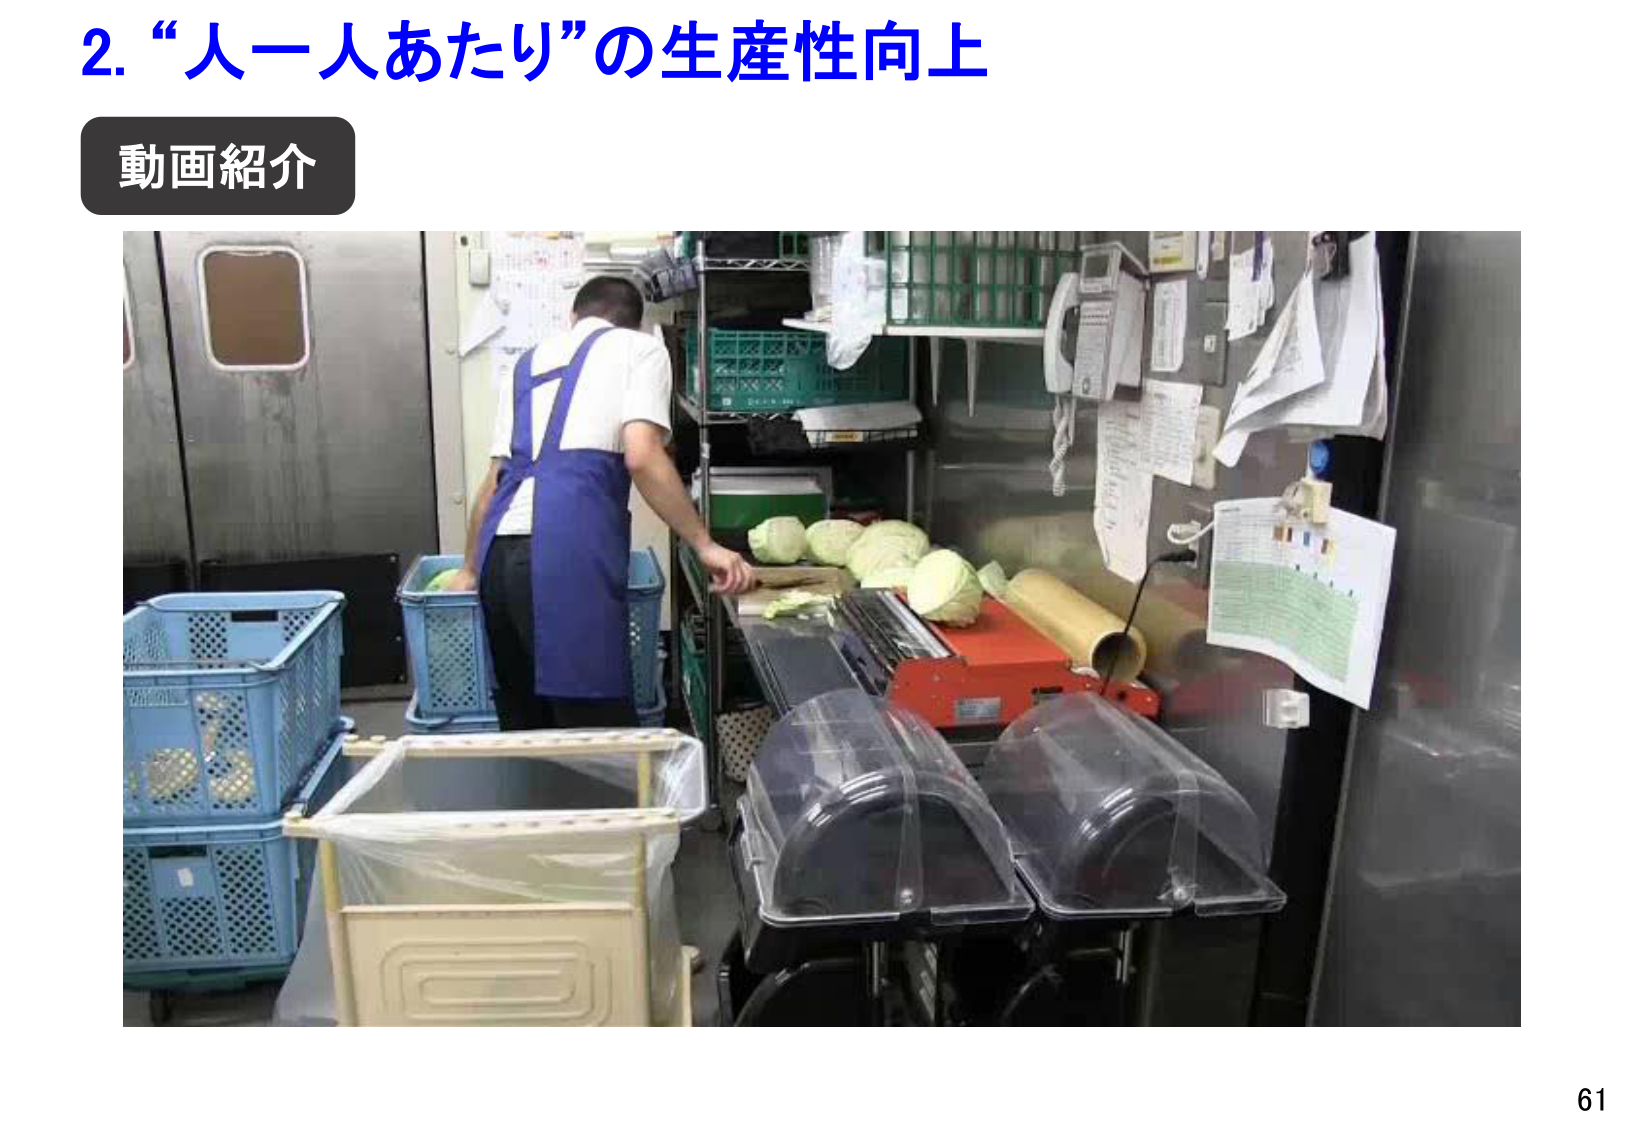
2. “人一人あたり” の生産性向上
動画紹介
61